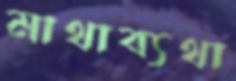
মাথাব্যথা